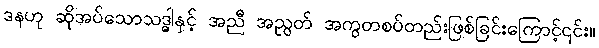
ဒနဟု ဆိုအပ်သောသဒ္ဓါနှင့် အညီ အညွတ် အကွတစပ်တည်းဖြစ်ခြင်းကြောင့်၎င်း။